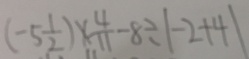
( - 5 \frac { 1 } { 2 } ) \times \frac { 4 } { 1 1 } - 8 \div \vert - 2 + 4 \vert